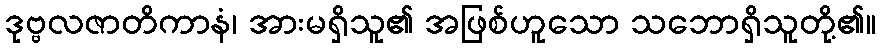
ဒုဗ္ဗလဇာတိကာနံ၊ အားမရှိသူ၏ အဖြစ်ဟူသော သဘောရှိသူတို့၏။